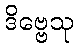
ဒိဗ္ဗေသု